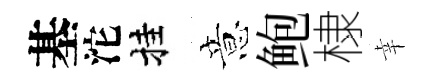
基沱挂意鲍棣幸